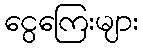
ငွေကြေးများ